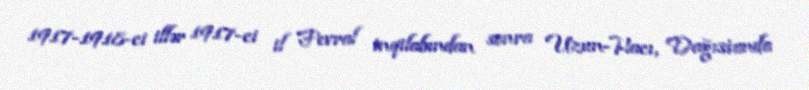
1917-1918-ci illər 1917-ci il Fevral inqilabından sonra Uzun-Hacı, Dağıstanda